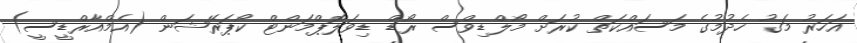
އަހަރު މަގު ހެދުމުގެ މަސައްކަތް ކުރަށް މޯލްޑިވްސް ރޯޑް ޑިވަލޮޕްމަންޓް ކޯޕަރޭޝަން (އެމްއާރްޑީސީ)